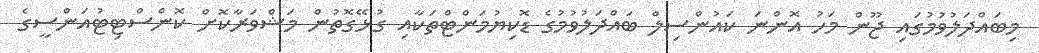
މިބައްދަލުވުމުގައި ޖޫން މަހު އޮންނަ ކައުންސިލް ބައްދަލުވުމުގެ ޑޮކިޔުމަންޓްތަކާއި ގުޅޭގޮތުން މަޝްވަރާކޮށް ކޮންސްޓިޓުއަންސީގެ